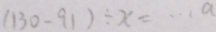
( 1 3 0 - 9 1 ) \div x = \cdots a